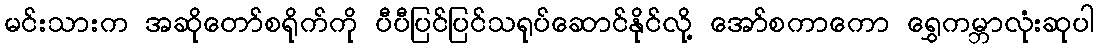
မင်းသားက အဆိုတော်စရိုက်ကို ပီပီပြင်ပြင်သရုပ်ဆောင်နိုင်လို့ အော်စကာကော ရွှေကမ္ဘာလုံးဆုပါ